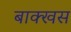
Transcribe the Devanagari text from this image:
बाक्खस